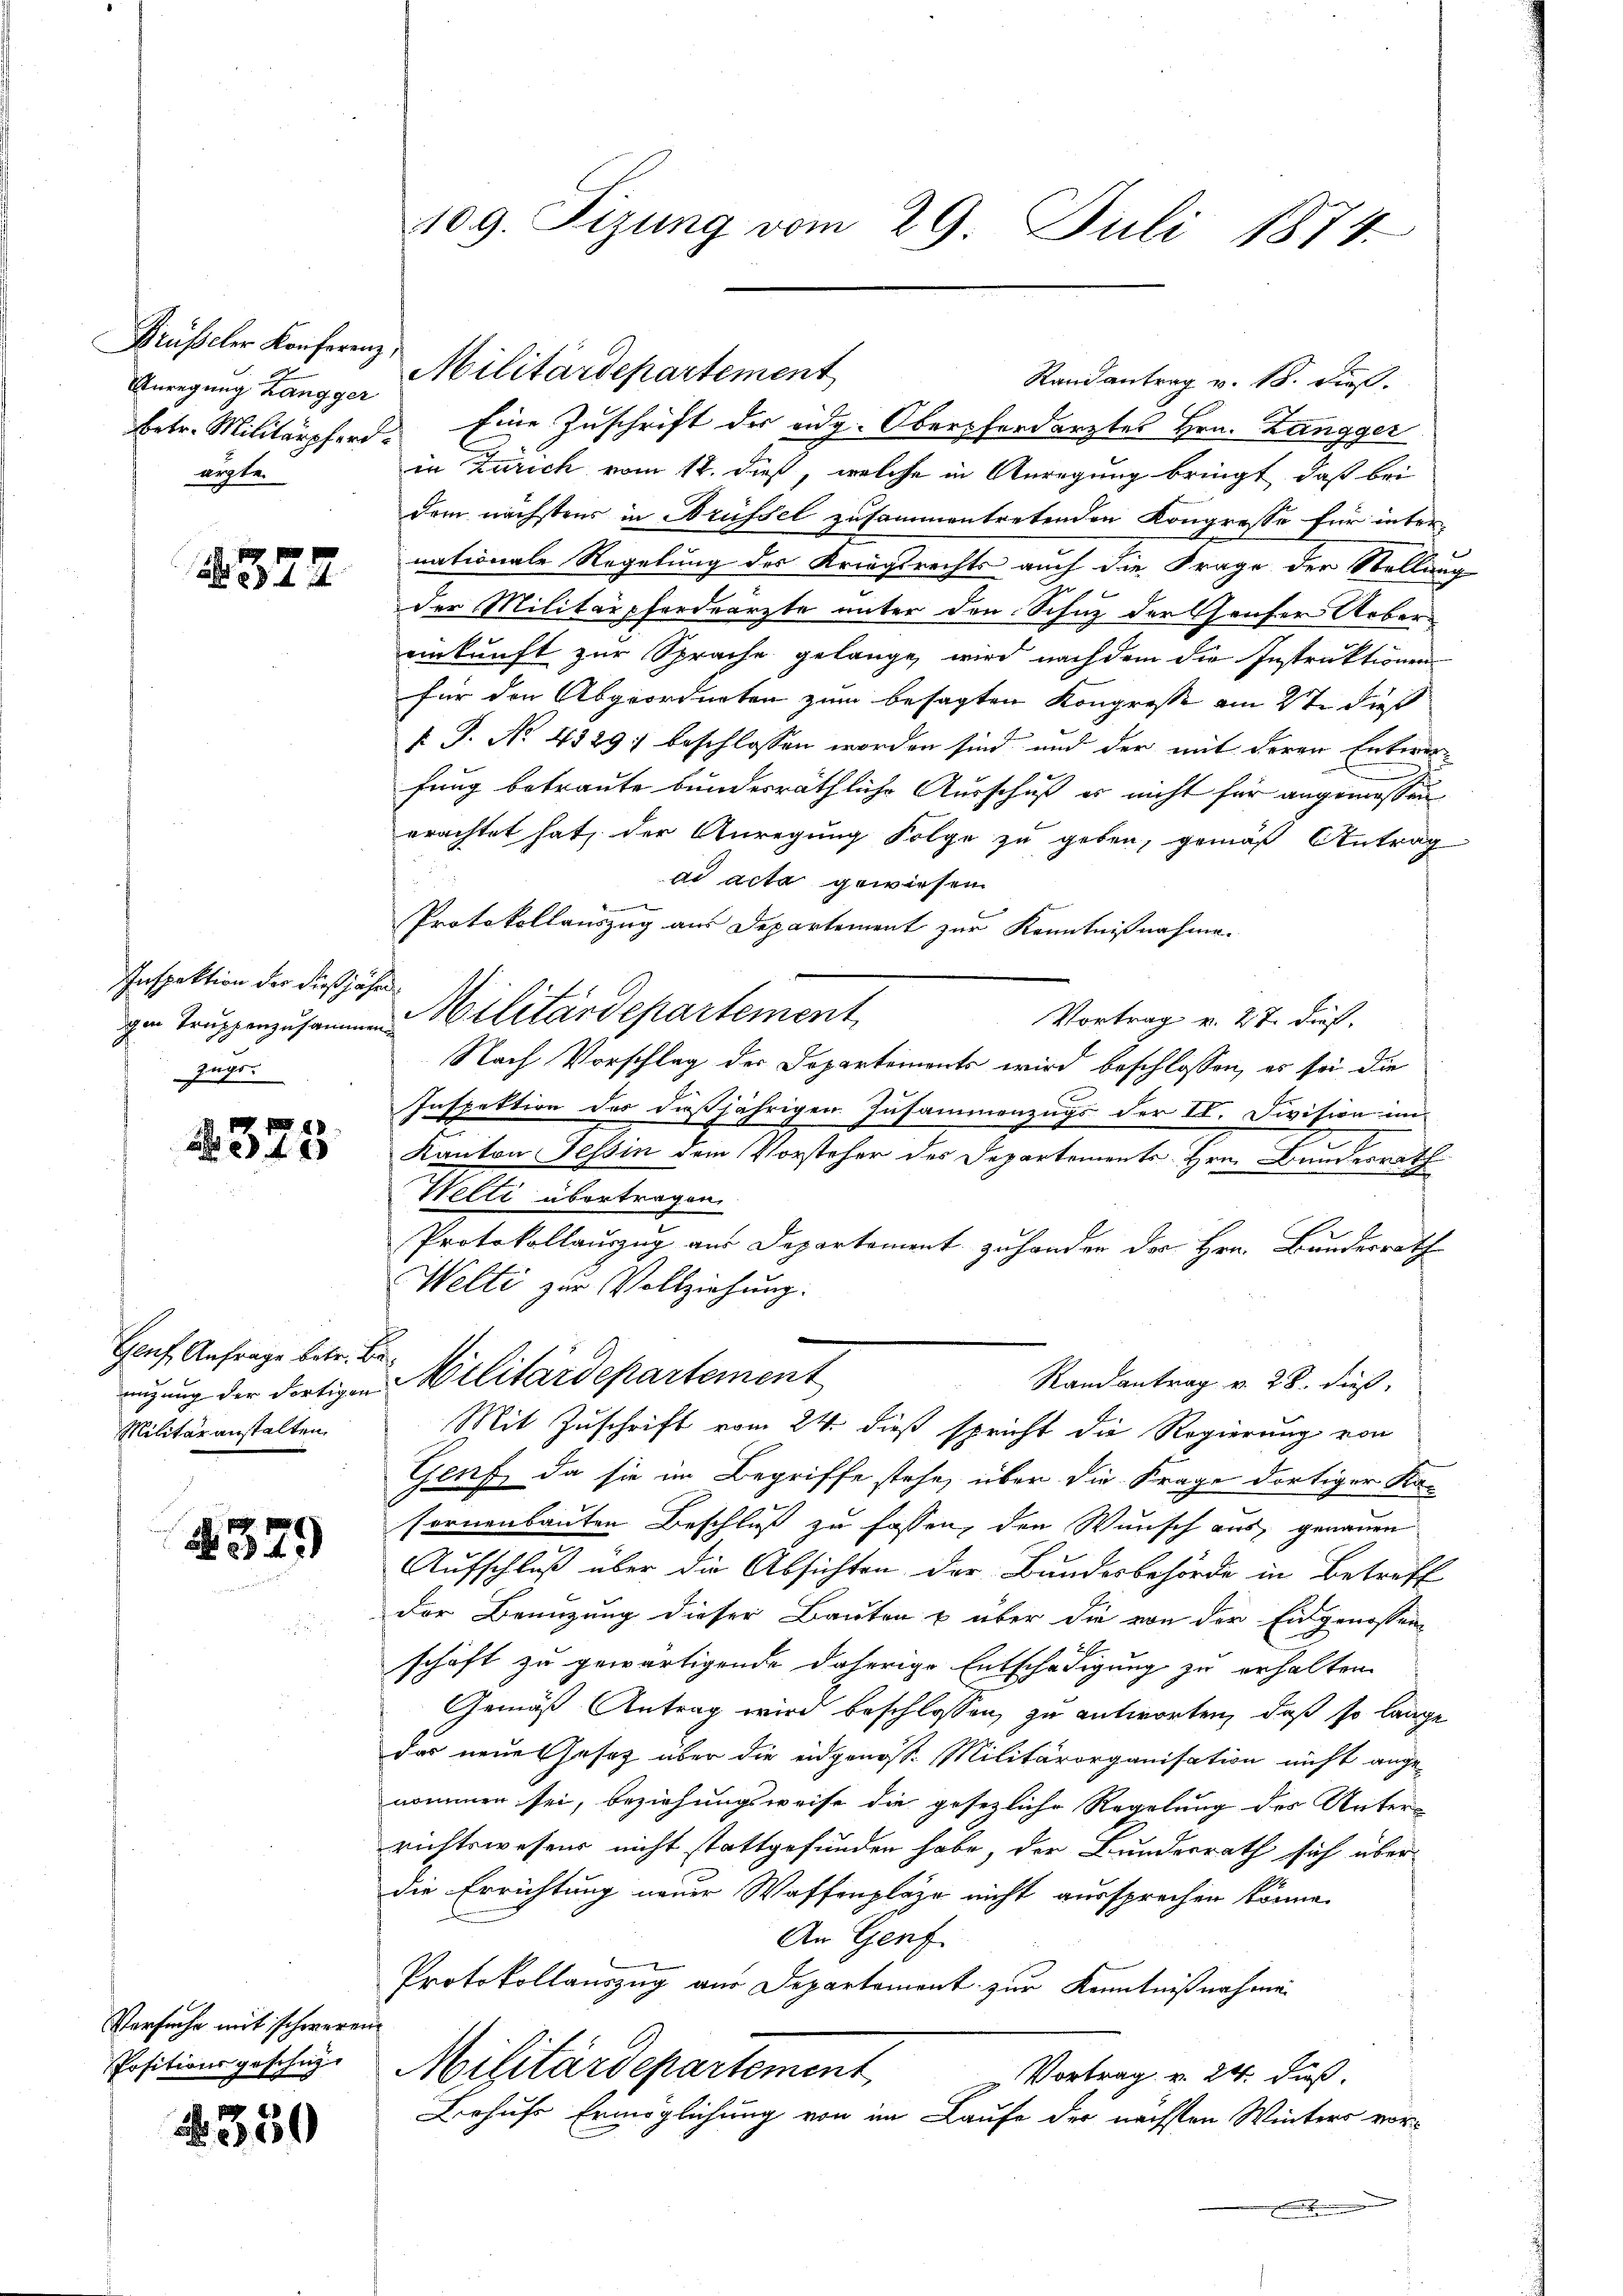
Drüseler Konferenz,
Anregung Zangger
ärzte.

1322

Inspektion der dießjährizugs

2325

Gauf Anfrage betr. Bie
Militäranstalten.

329

Versuche mit schweren
Positionsgeschig-

2330

betr. Militärpferd. Eine Zuschrift der eidg. Obersherdarztes Hrn. Zangger
in Zürich vom 12. dieß, welche in Anregung bringt, daß bei
dem nächstens in Brüssel zusammentretenden Kongresse für inter
nationale Regelung des Kriegsrechts auch die Frage der Stellung
der Militärpferdearzte unter den Schuz der Gruser Uebereinkunft zur Sprache gelange, wird nach dem die Instruktionen
für den Abgeordneten zum besagten Kongresse am 2te dieß
f P. No 4329) beschlossen worden sind und der mit deren Entwerfung betraute bundesräthliche Ausschuß es nicht für angemessen
erachtet hat, der Anregung Folge zu geben, gemäß Antrag
ad acta gewiesen
e
Protokollauszug aus Departement zur Kenntnißnahme.
ge Militärdepartement
Vortrag v. 27. dieß.
Nach Vorschlag der Departements wird beschlossen, es sei die
Inspektion des dießjährigen Zusammenzugs der II. Division im
Kanton Tessin dem Vorsteher des Departements Hrn. Bundesrath
Welti übertragen.
Protokollauszug aus Departement zu hander der Hrn. Bundesrath
Welti zur Vollziehung.
Randantrag v. 28. dieß
nigung der dortigen Militärdepartement
Mit Zuschrift vom 24. dieß spricht die Regierung von
Genf, da sie im Begriffe stehe, über die Frage dortiger Ka-
fornenbauten Beschluß zu fassen, den Wunsch aus, genauen
Aufschluß über die Absichten der Bundesbehörde in Betreff
der Benuzung dieser Bauten u über die von der Eidgenossen
schaft zu gewärtigende daherige Entschädigung zu erhalten.
Gemäß Antrag wird beschlossen, zu antworten, daß so lange
das neue Gesetz über die eidgenöss. Militärorganisation nicht ange-
nommen sei, beziehungsweise die gesezliche Regelung des Unter-
richtswesens nicht stattgefunden habe, der Bundesrath sich über
die Errichtung neuer Waffenplaze nicht aussprechen könne.
An Genf
Protokollauszug aus Departement zur Kenntnißnahme
Militärdepartement
Vortrag v. 24. Fuß.
Behufs Ermöglichung von im Laufe der nächsten Winters vor¬

109. Sizung vom 29. Juli 1874

Militärdepartement

Randantrag v. 18. dieß.